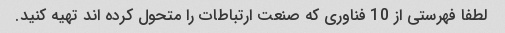
لطفا فهرستی از 10 فناوری که صنعت ارتباطات را متحول کرده اند تهیه کنید.